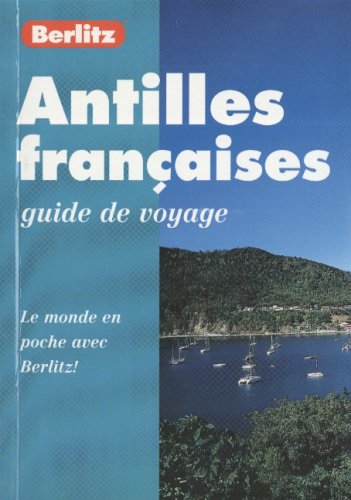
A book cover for French West Indies Pocket Guide, 1998; Berlitz Publishing Company; Travel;